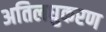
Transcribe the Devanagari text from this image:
अतिलघुकरण